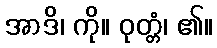
အာဒိ၊ ကို။ ဝုတ္တံ၊ ၏။